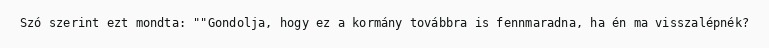
Szó szerint ezt mondta: ""Gondolja, hogy ez a kormány továbbra is fennmaradna, ha én ma visszalépnék?